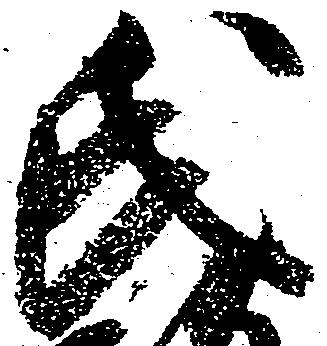
氏